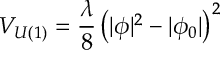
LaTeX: V _ { U ( 1 ) } = \frac { \lambda } { 8 } \left( | \phi | ^ { 2 } - | \phi _ { 0 } | \right) ^ { 2 }